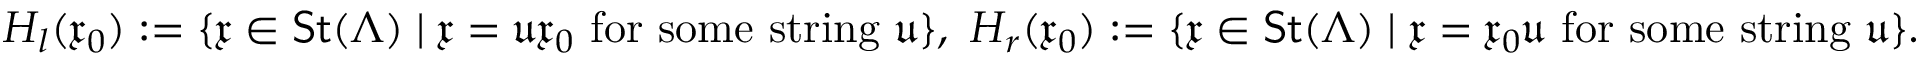
H _ { l } ( \mathfrak x _ { 0 } ) : = \{ \mathfrak x \in \mathsf { S t } ( \Lambda ) \mid \mathfrak x = \mathfrak u \mathfrak x _ { 0 } \mathrm { ~ f o r ~ s o m e ~ s t r i n g ~ } \mathfrak u \} , \ H _ { r } ( \mathfrak x _ { 0 } ) : = \{ \mathfrak x \in \mathsf { S t } ( \Lambda ) \mid \mathfrak x = \mathfrak x _ { 0 } \mathfrak u \mathrm { ~ f o r ~ s o m e ~ s t r i n g ~ } \mathfrak u \} .